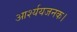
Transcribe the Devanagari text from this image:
आर्श्ययजनक।